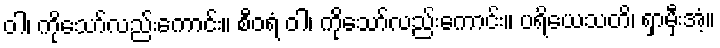
ဝါ၊ ကိုသော်လည်းကောင်း။ စီဝရံ ဝါ၊ ကိုသော်လည်းကောင်း။ ပရိယေသတိ၊ ရှာမှီးအံ့။